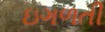
ઇગળતી